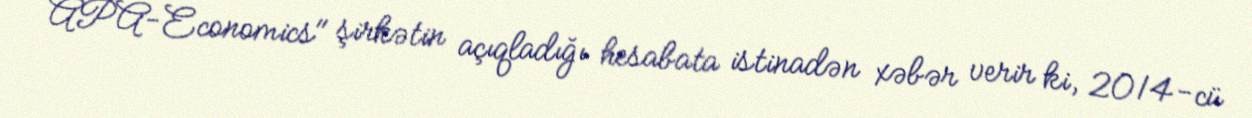
APA-Economics" şirkətin açıqladığı hesabata istinadən xəbər verir ki, 2014-cü